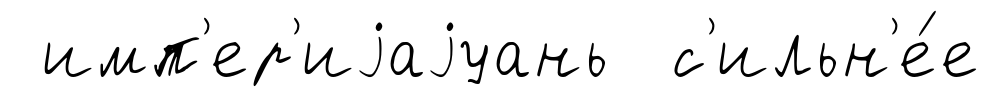
имп'ер'иjаjуань с'ильн'е́е